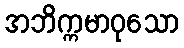
အဘိက္ကမာဝုသော